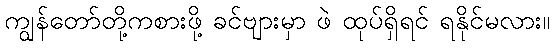
ကျွန်တော်တို့ကစားဖို့ ခင်ဗျားမှာ ဖဲ ထုပ်ရှိရင် ရနိုင်မလား။